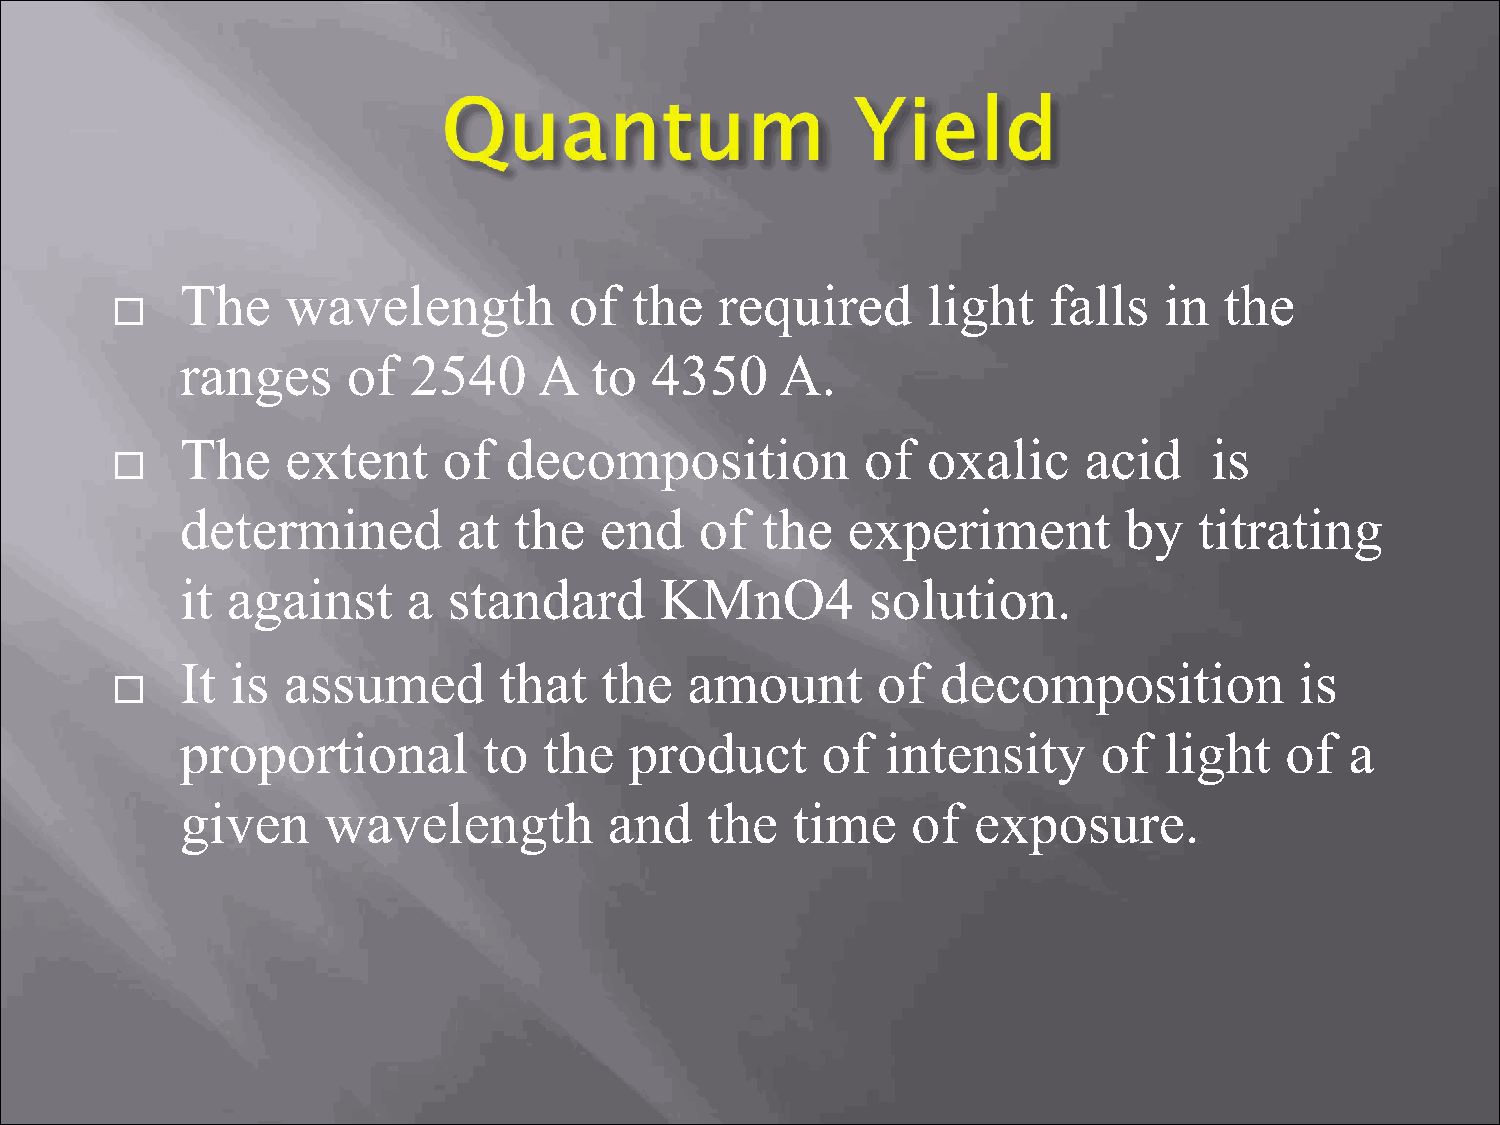
The    wavelength         of  the   required     light   falls   in  the
 
 ranges     of  2540     A  to  4350     A.
 The    extent    of  decomposition           of  oxalic     acid    is
 
 determined        at  the   end   of  the   experiment        by   titrating
 it against     a  standard      KMnO4         solution.
 It is  assumed       that   the   amount      of  decomposition           is
 
 proportional        to  the   product     of   intensity     of  light   of  a
 given    wavelength         and    the  time    of   exposure.